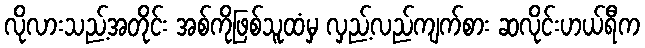
လိုလားသည့်အတိုင်း အစ်ကိုဖြစ်သူထံမှ လှည့်လည်ကျက်စား ဆလိုင်းဟယ်ရီက